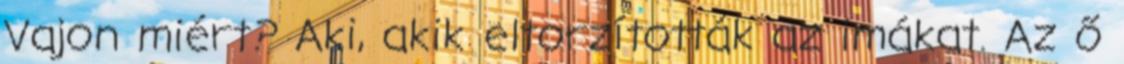
Vajon miért? Aki, akik eltorzították az imákat. Az ő